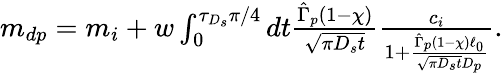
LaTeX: \begin{array}{r}{m_{dp}=m_{i}+w\int_{0}^{\tau_{D_{s}}\pi/4}dt\frac{\hat{\Gamma}_{p}(1-\chi)}{\sqrt{\pi D_{s}t}}\frac{c_{i}}{1+\frac{\hat{\Gamma}_{p}(1-\chi)\ell_{0}}{\sqrt{\pi D_{s}t}D_{p}}}.}\end{array}